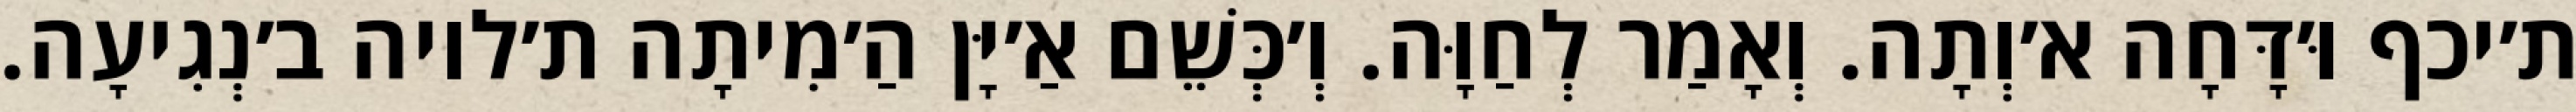
ת׳יכף וּ׳דָּחָה א׳וְתָה. וְאָמַר לְחַוָּה. וְ׳כְּשֵׁם אַ׳יָּן הַ׳מִיתָה ת׳לויה ב׳נְגִיעָה.